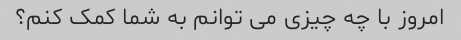
امروز با چه چیزی می توانم به شما کمک کنم؟